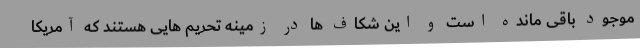
موجود باقی مانده است و این شکاف ها در زمینه تحریم هایی هستند که آمریکا